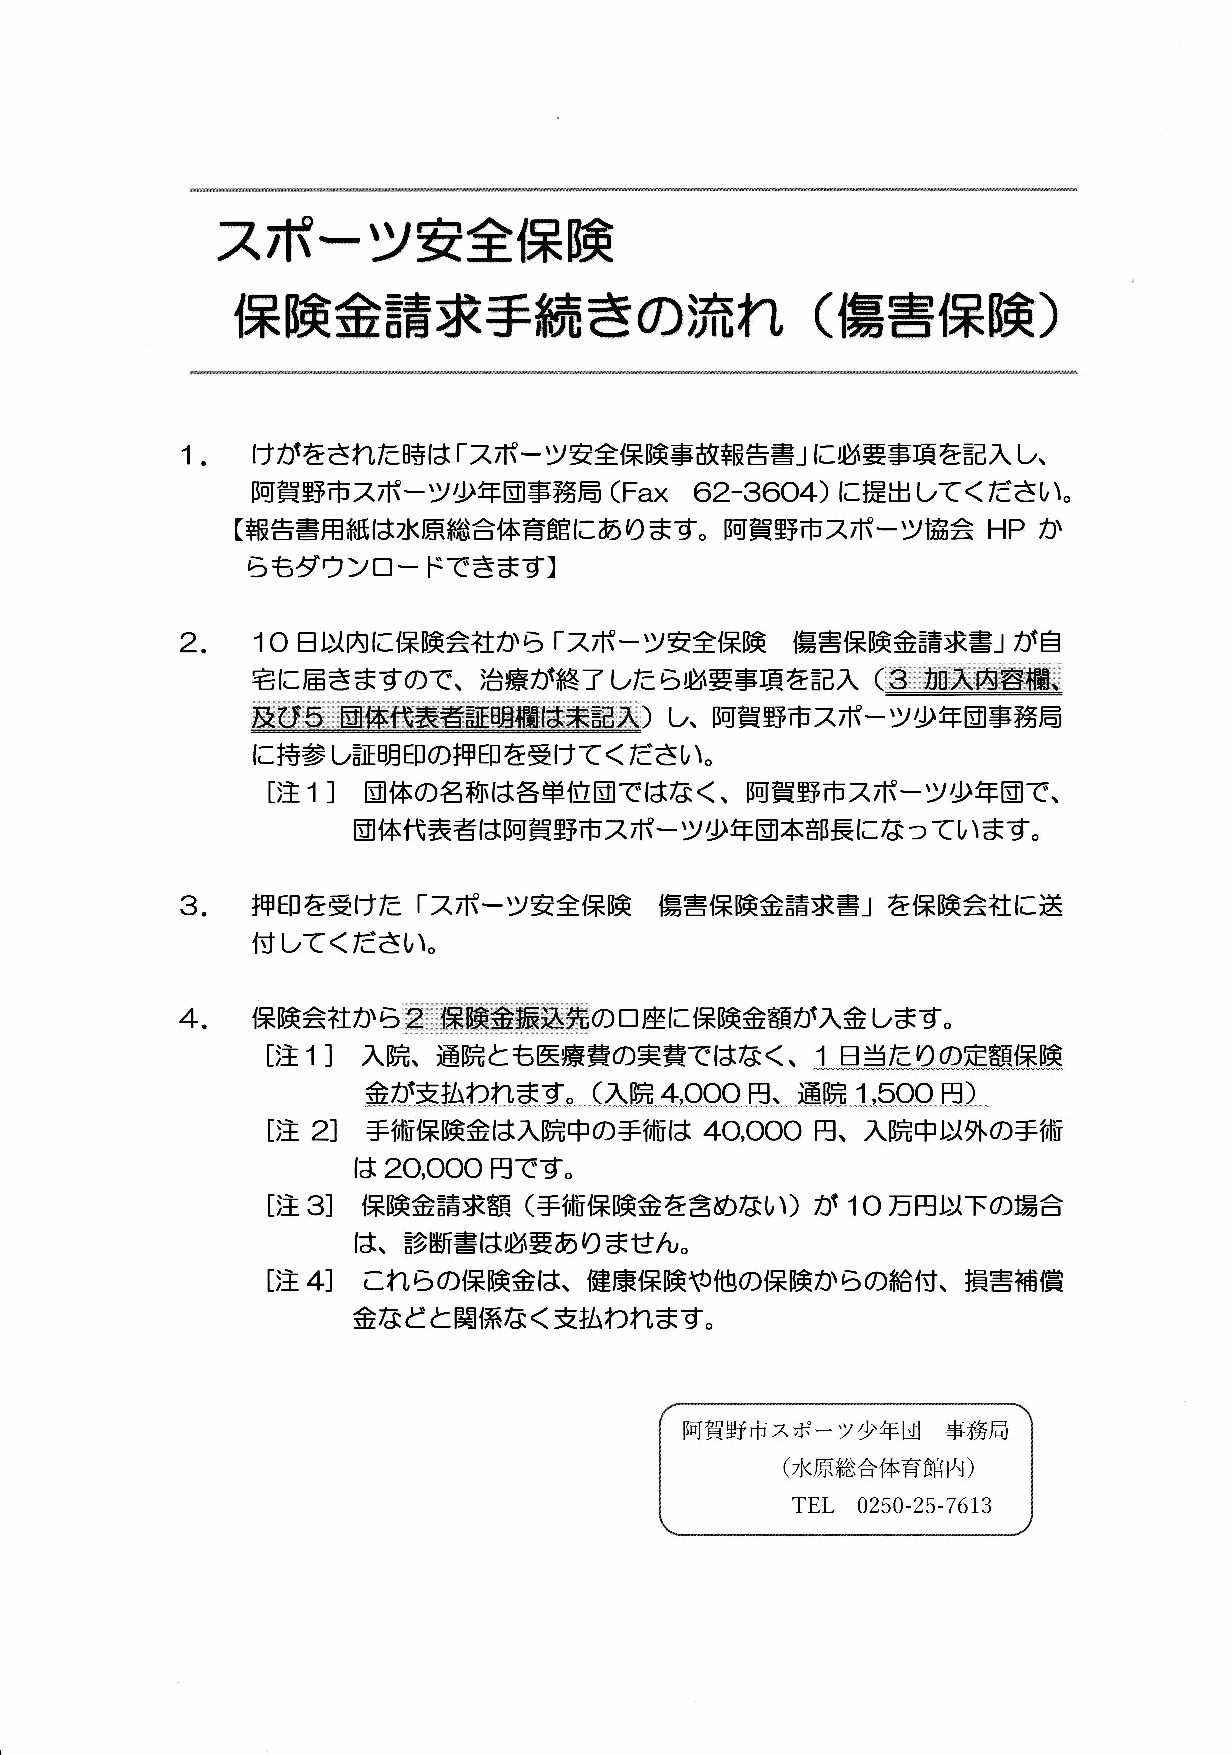
スポーツ安全保険
 保険金請求手続きの流れ                            (傷害保険
 )
 1.
 けがをされた時は「スポーツ安全保険事故報告書」に必要事項を記入し、
 阿賀野市スポーツ少年団事務局         (Fax  62-3604)に  提出してください。
 HPか
 【報告書用紙は水原総合体育館にあります。阿賀野市スポーツ協会
 らもダウンロードできます】
 2.  10日
 以内に保険会社から「スポーツ安全保険             傷害保険金請求書」が自
 宅に届きますので、治療が終了したら必要事項を記入                 (釜重豪轟羹饒轟
 |
 震馨 :蒙竃爾鑽鯉睡肇羹爾翻羹乗警銀)し、阿賀野市スポーツ少年団事務局
 に持参し証明印の押印を受けてください。
 1]団
 [注
 体の名称は各単位団ではなく、阿賀野市スポーツ少年国で、
 団体代表者は阿賀野市スポーツ少年団本部長になつています。
 3。
 押印を受けた「スポーツ安全保険            傷害保険金請求書」を保険会社に送
 付してください。
 2
 4。   保険会社から                の□座に保険金額が入金します。
 [注 1]入  院、通院とも医療費の実費ではな<、           1日当たりの定額保険
 4,000円       1,500円
 金が支払われます。(入院               、通院          )
 2]手                       40,000円
 [注      術保険金は入院中の手術は                 、入院中以外の手術
 20,000円
 は          です。
 3]保                             )が  10万
 [注      険金請求額    (手術保険金を含めない               円以下の場合
 は、診断書は必要ありません。
 4]こ
 [注      れらの保険金は、健康保険や他の保険からの給付、損害補償
 金などと関係なく支払われます。
 阿賀野市スポーツ少年団       事務局
 (水原総合体育館内)
 TEL 0250-25-7613